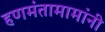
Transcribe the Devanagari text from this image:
हणमंतामामांनी